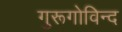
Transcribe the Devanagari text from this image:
गुरूगोविन्द